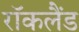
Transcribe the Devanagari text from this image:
रॉकलैंड